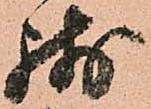
残